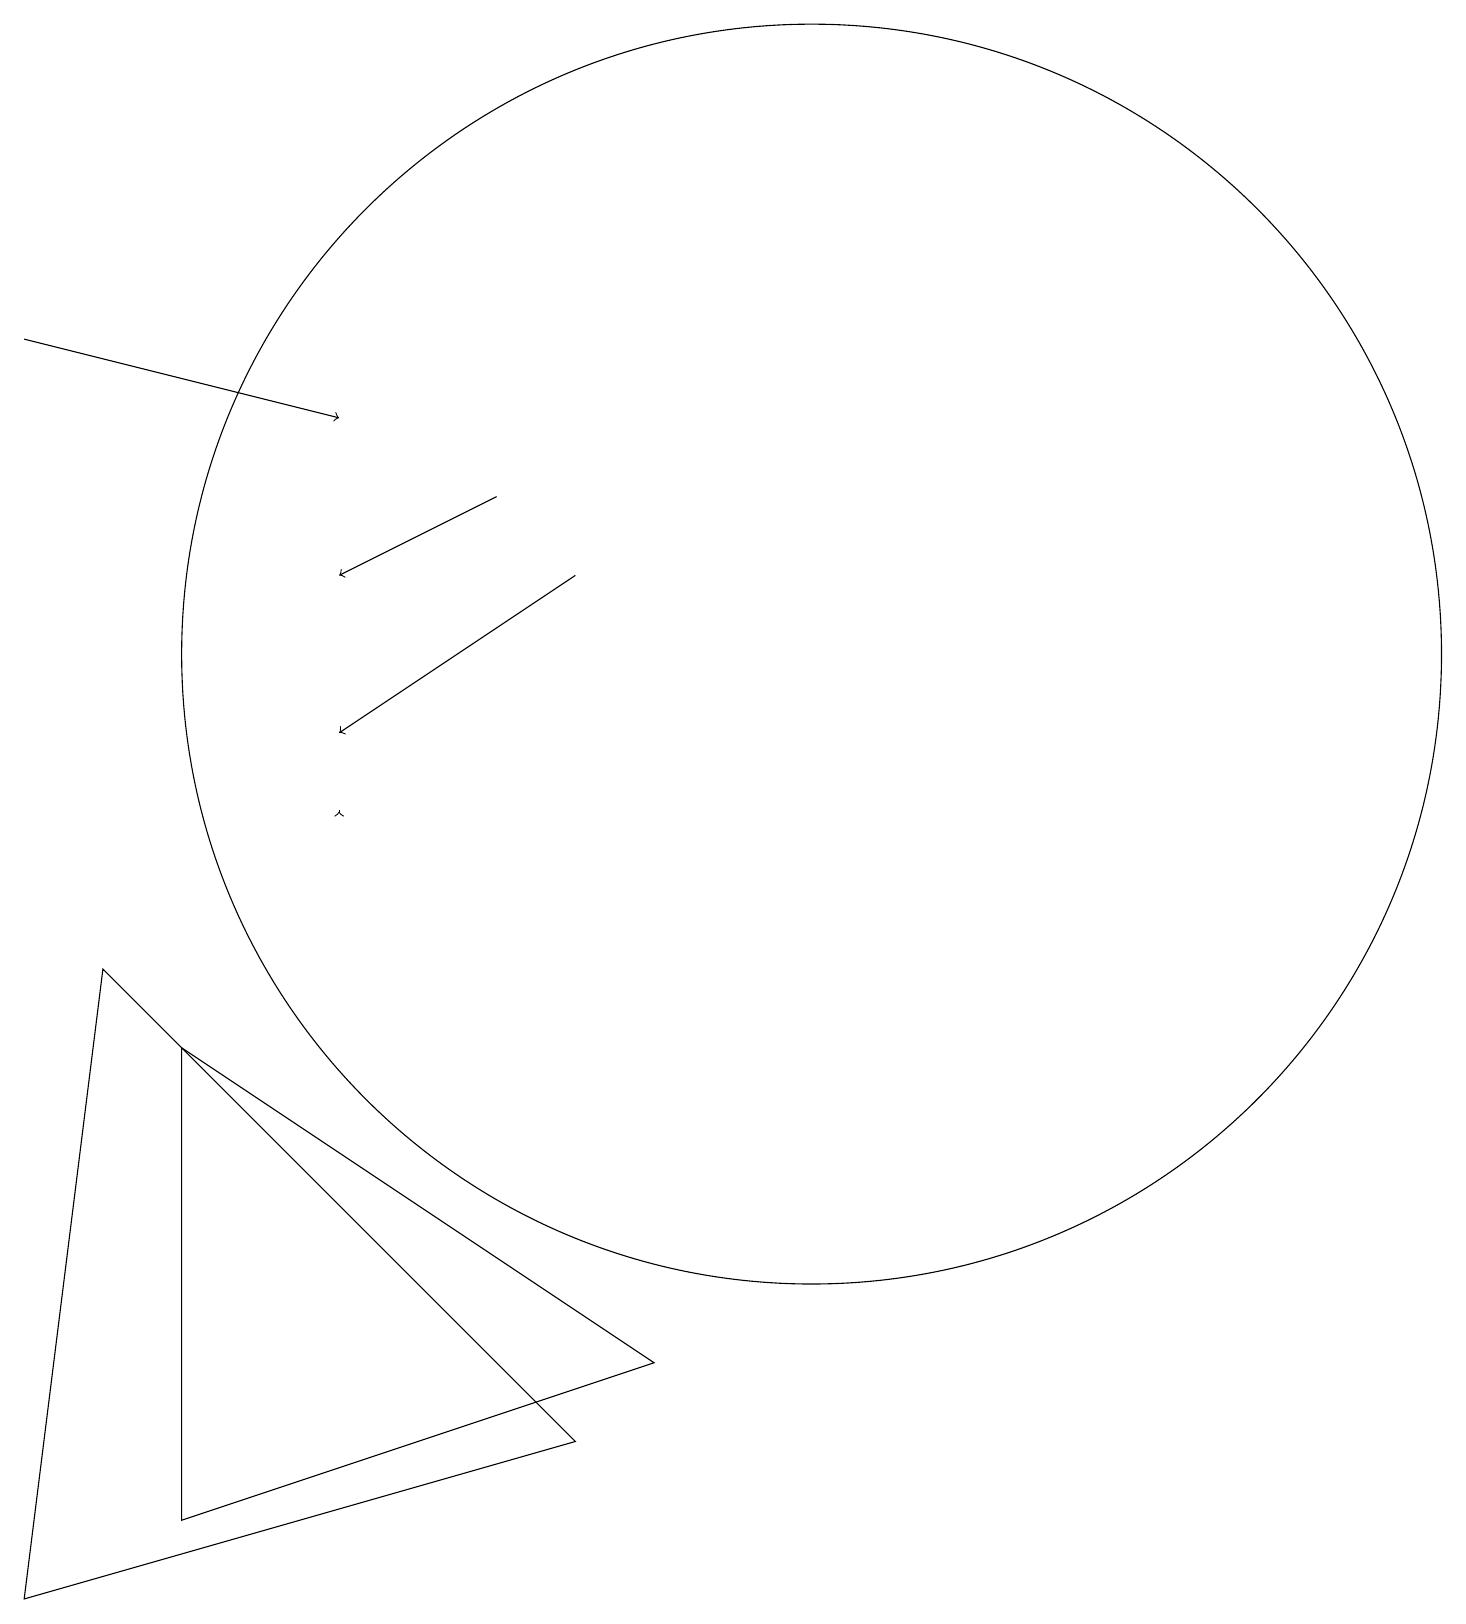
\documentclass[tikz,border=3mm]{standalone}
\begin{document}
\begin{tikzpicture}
\draw (10,10) circle (0);
\draw (3,1) -- (3,7) -- (9,3) -- cycle;
\draw[->] (5,10) -- (5,10);
\draw[->] (8,13) -- (5,11);
\draw (8,2) -- (2,8) -- (1,0) -- cycle;
\draw[->] (7,14) -- (5,13);
\draw[->] (1,16) -- (5,15);
\draw (11,12) circle (8);
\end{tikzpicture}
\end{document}